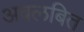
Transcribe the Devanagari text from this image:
अवलबित